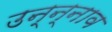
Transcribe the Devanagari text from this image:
उन्न्नाव